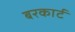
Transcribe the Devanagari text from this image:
बरकार्ट